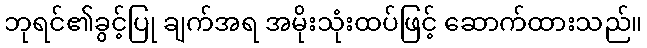
ဘုရင်၏ခွင့်ပြု ချက်အရ အမိုးသုံးထပ်ဖြင့် ဆောက်ထားသည်။